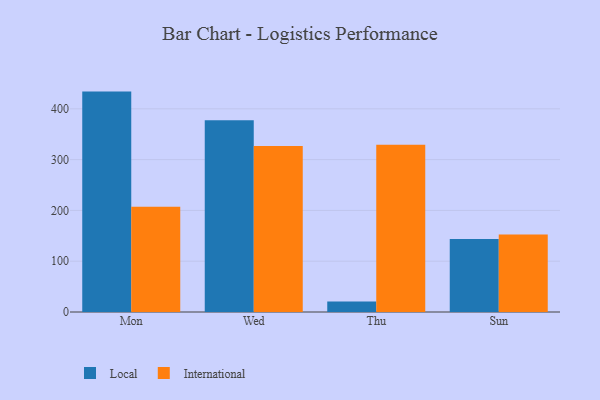
{"axis": {"x": "Day", "y": "Population (Million)"}, "legend": ["International", "Local"], "data": [{"x": "Mon", "y": 433.9, "type": "Local"}, {"x": "Mon", "y": 207.1, "type": "International"}, {"x": "Wed", "y": 377.3, "type": "Local"}, {"x": "Wed", "y": 327.0, "type": "International"}, {"x": "Thu", "y": 20.8, "type": "Local"}, {"x": "Thu", "y": 329.3, "type": "International"}, {"x": "Sun", "y": 143.9, "type": "Local"}, {"x": "Sun", "y": 152.8, "type": "International"}]}